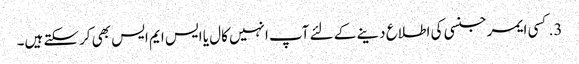
3. کسی ایمرجنسی کی اطلاع دینے کے لئے آپ انہیں کال یا ایس ایم ایس بھی کرسکتے ہیں۔